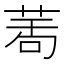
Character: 𦲆